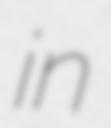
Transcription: in